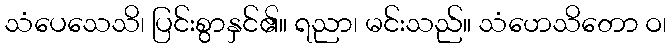
သံပေသေသိ၊ ပြင်းစွာနှင်၏။ ရညာ၊ မင်းသည်။ သံဟေသိတော ဝ၊